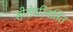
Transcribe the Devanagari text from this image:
सीरोपरिवर्तित